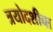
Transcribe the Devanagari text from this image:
त्रयोदशीचा